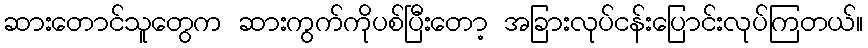
ဆားတောင်သူတွေက ဆားကွက်ကိုပစ်ပြီးတော့ အခြားလုပ်ငန်းပြောင်းလုပ်ကြတယ်။